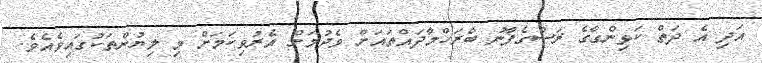
އަދި އެ ދަތް ކަޅިންގާގެ ރަސްގެފާނު ބްރަހްމާދައްތައަށް ވެދުމަށް އެރުވިކަމަށް މި ލިޔުންތަކުގައިވެއެވެ.